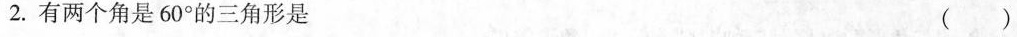
2.有两个角是60^{\circ}的三角形是 ( )